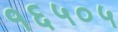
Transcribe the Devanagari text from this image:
१६५०५